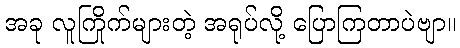
အခု လူကြိုက်များတဲ့ အရုပ်လို့ ပြောကြတာပဲဗျာ။